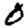
Digit: 0